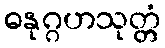
ဓနုဂ္ဂဟသုတ္တံ